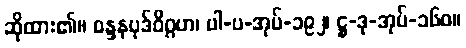
ဆိုထား၏။ စန္ဒနပုဒ်ဝိဂ္ဂဟ၊ ပါ-ပ-အုပ်-၁၉၂၊ ဋ္ဌ-ဒု-အုပ်-၁၆၀။